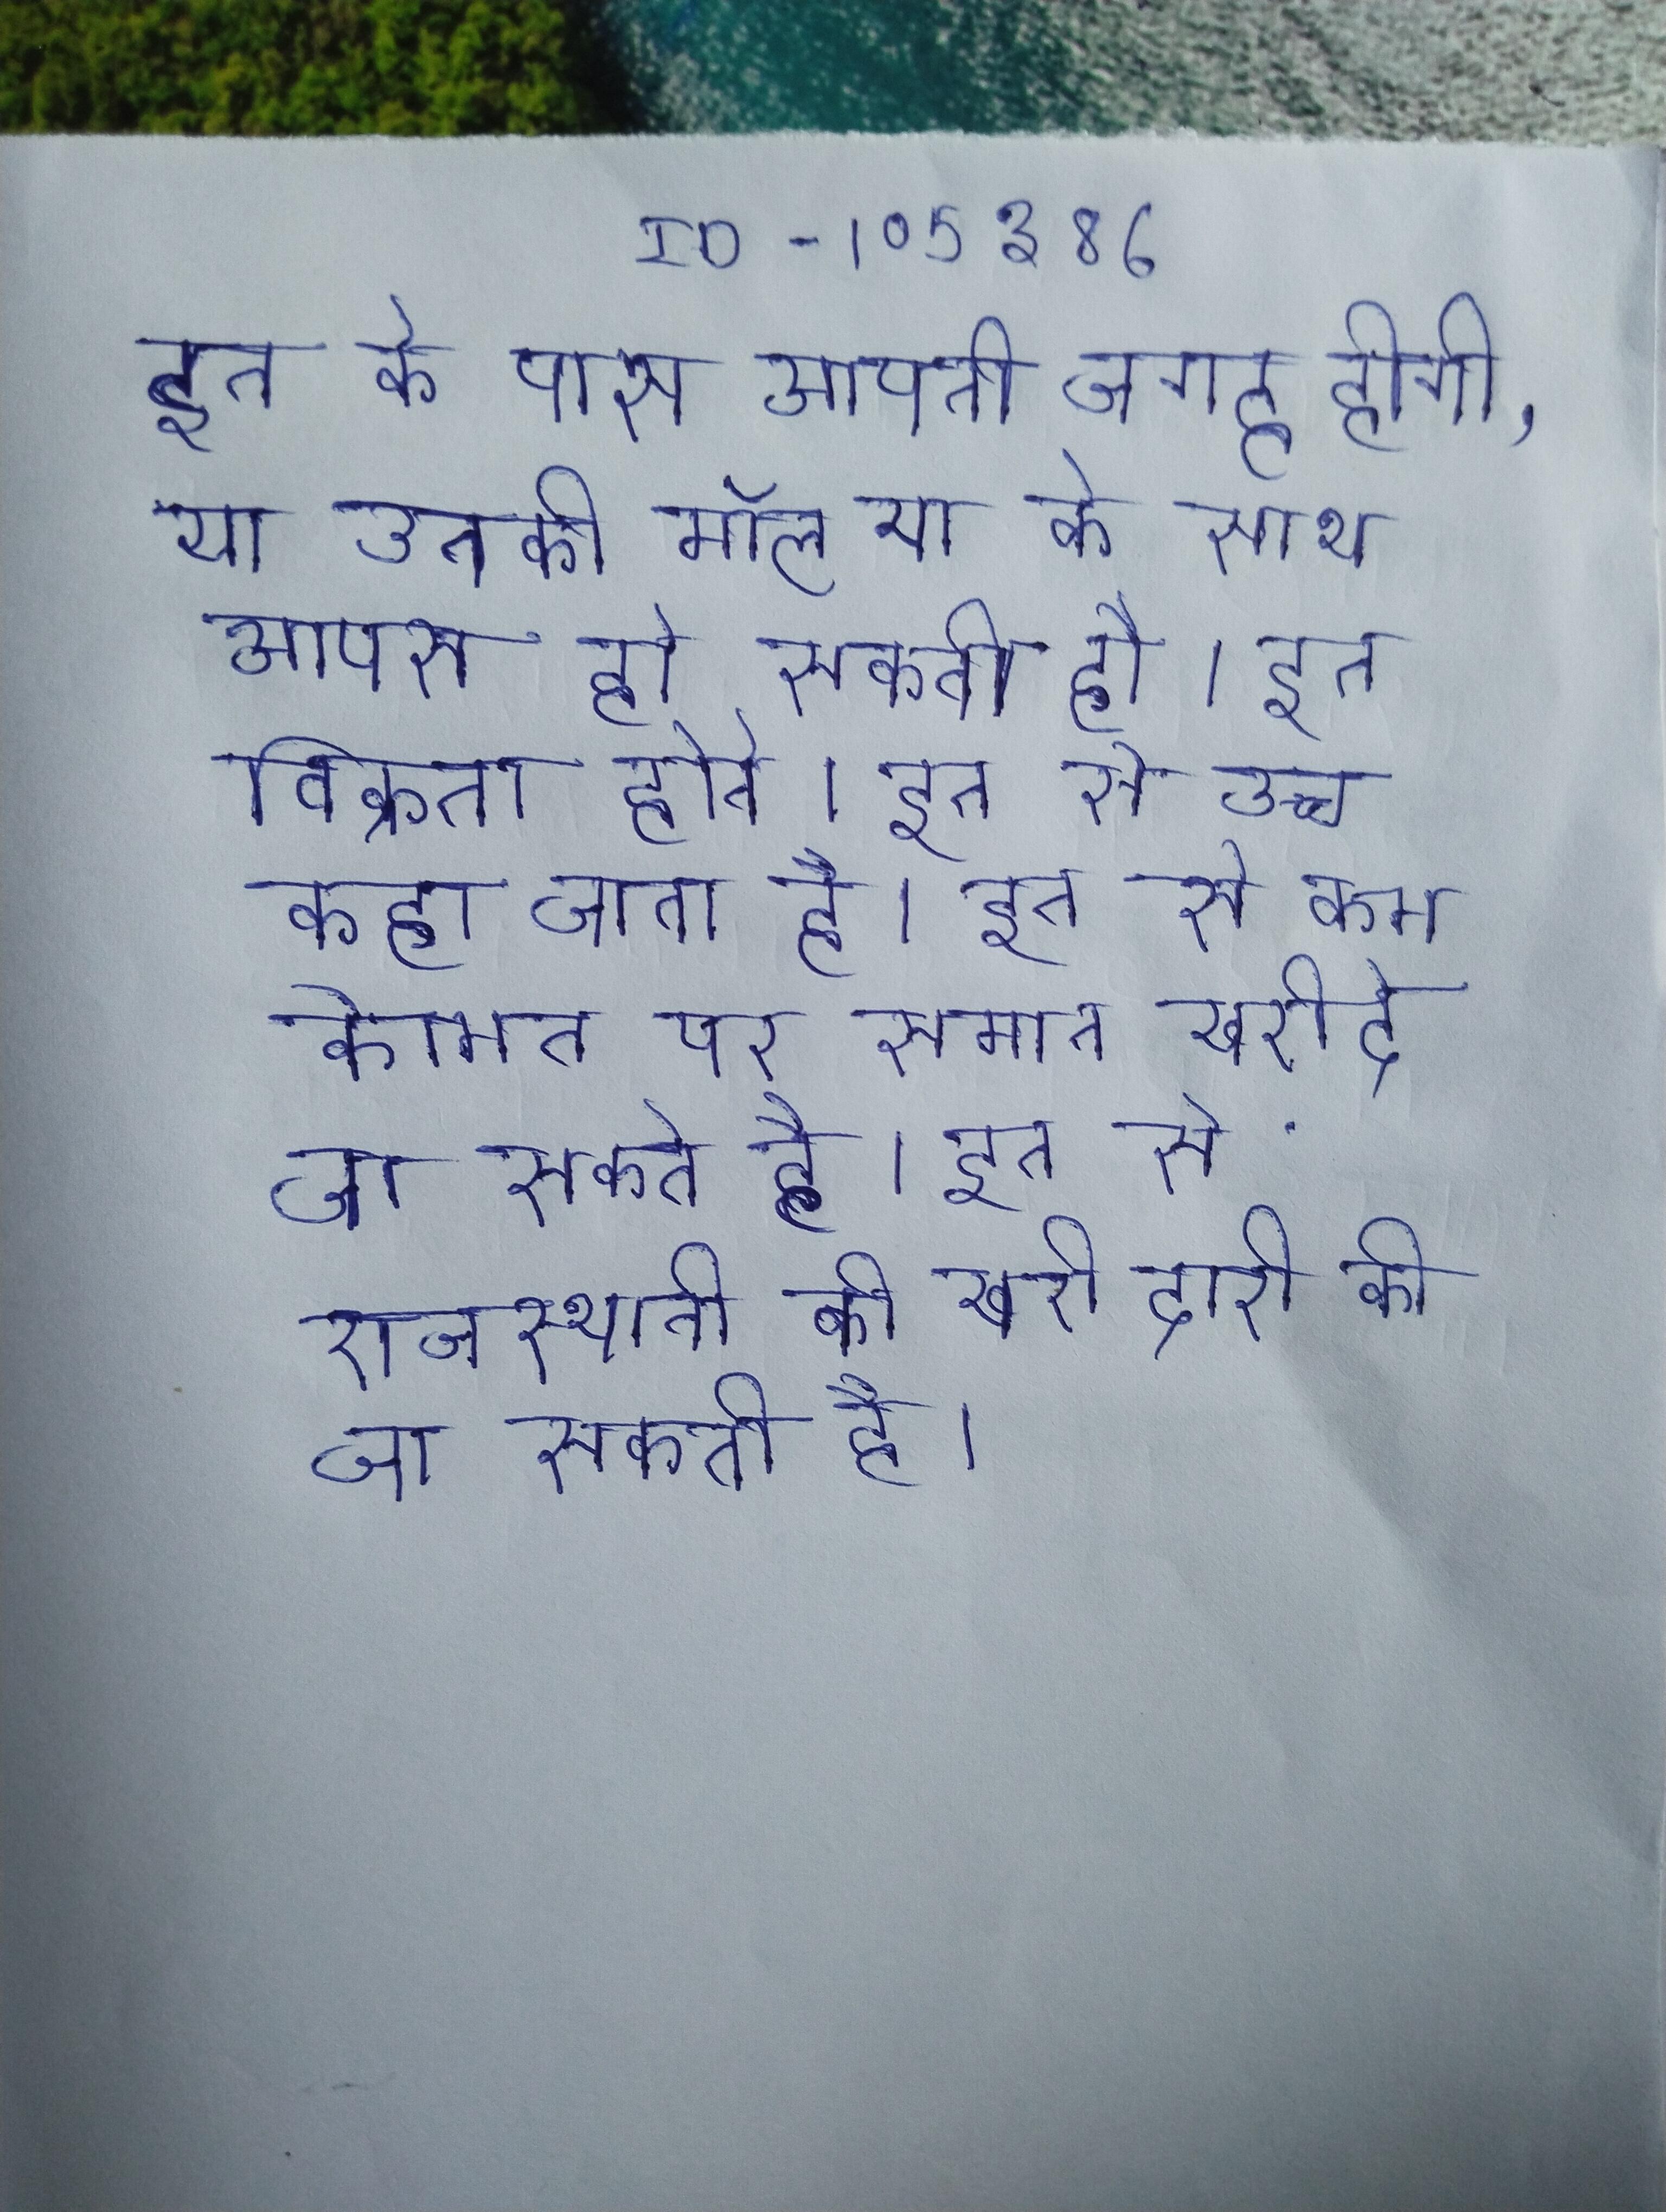
इन के पास अपनी जगह होगी, या उनकी मॉल या के साथ आपस हो सकती है । इन विक्रता होते । इन से उच्च कहा जाता है । इन से कम कीमत पर समान खरीदे जा सकते है । इन से राजस्थानी की खरीदारी की जा सकती है ।